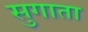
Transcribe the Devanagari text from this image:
सुगाता